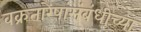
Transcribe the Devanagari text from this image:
वक्रतारेषांसंबंधीच्या